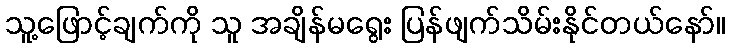
သူ့ဖြောင့်ချက်ကို သူ အချိန်မရွေး ပြန်ဖျက်သိမ်းနိုင်တယ်နော်။